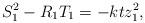
LaTeX: \begin{align*}S_{1}^{2} - R_{1} T_{1} = -k t z_{1}^2,\end{align*}